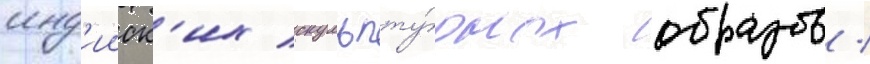
инд'ииск'их скульпту́рных образов /